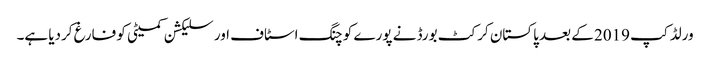
ورلڈ کپ 2019 کے بعد پاکستان کرکٹ بورڈ نے پورے کوچنگ اسٹاف اور سلیکشن کمیٹی کو فارغ کردیا ہے۔